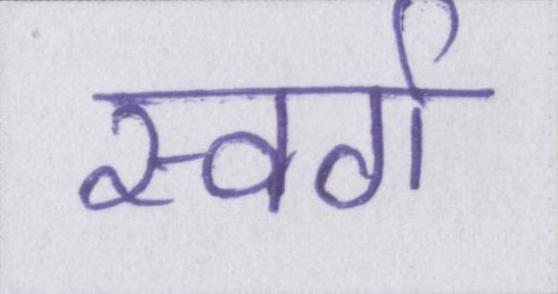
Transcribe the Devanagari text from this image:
स्वर्ग